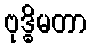
ဗုဒ္ဓိမတာ